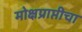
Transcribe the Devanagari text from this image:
मोक्षप्राप्तीचा